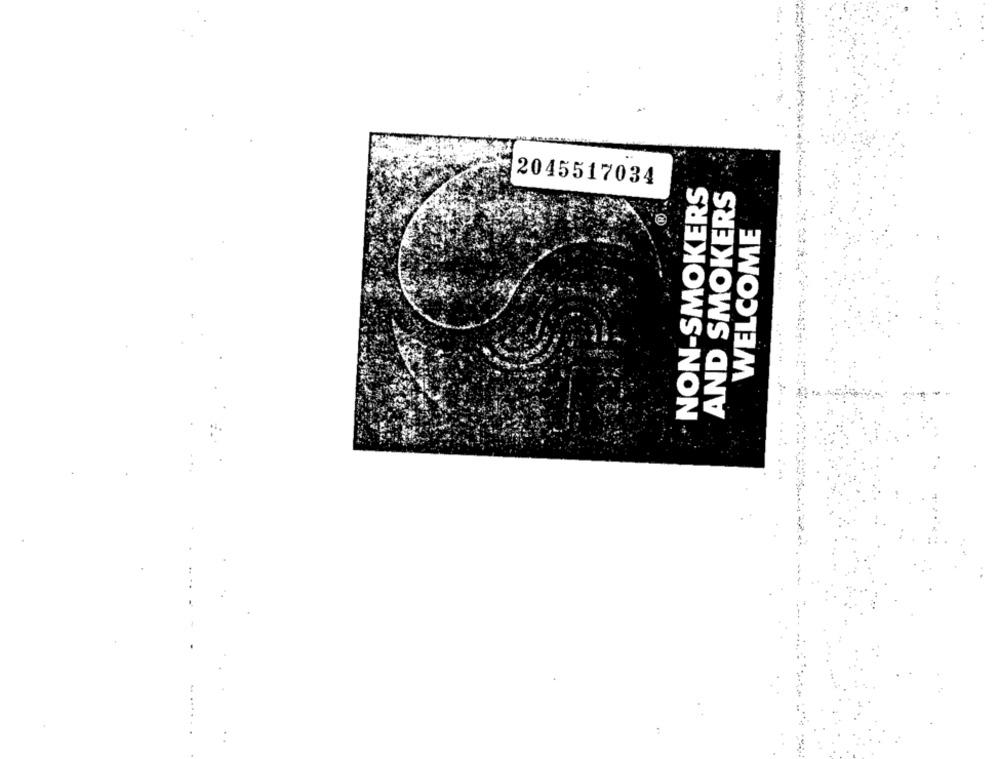
2045517034
NON-SMOKERS
AND SMOKERS
WELCOME